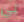
بي